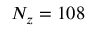
N _ { z } = 1 0 8